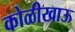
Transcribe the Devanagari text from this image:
कोळीखाऊ